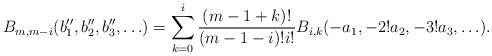
LaTeX: \begin{align*}B_{m,m-i}(b''_1, b''_2, b''_3, \ldots) = \sum_{k=0}^{i}\frac{(m-1+k)!}{(m-1-i)!i!}B_{i,k}(-a_1, -2!a_2, -3!a_3, \ldots).\end{align*}